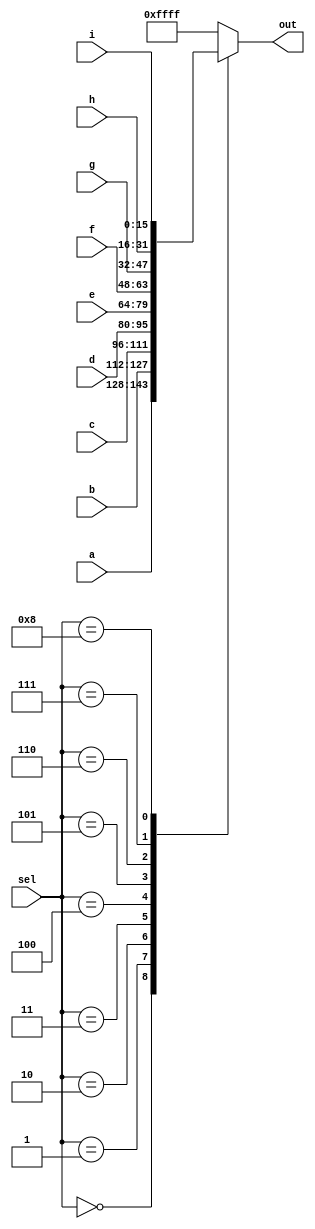
module top_module( 
    input [15:0] a, b, c, d, e, f, g, h, i,
    input [3:0] sel,
    output [15:0] out );

    always @(*) begin
        case (sel)
            4'b0000: out = a;
            4'b0001: out = b;
            4'b0010: out = c;
            4'b0011: out = d;
            4'b0100: out = e;
            4'b0101: out = f;
            4'b0110: out = g;
            4'b0111: out = h;
            4'b1000: out = i;
            default: out = {16{1'b1}};
        endcase
    end

    // Case statements can only be used inside procedural blocks (always block)
    // This is a combinational circuit, so use a combinational always @(*) block.
    always @(*) begin
        out = '1;       // '1 is a special literal syntax for a number with all bits set to 1.
                        // '0, 'x, and 'z are also valid.
                        // I prefer to assign a default value to 'out' instead of using a
                        // default case.
        case (sel)
            4'h0: out = a;
            4'h1: out = b;
            4'h2: out = c;
            4'h3: out = d;
            4'h4: out = e;
            4'h5: out = f;
            4'h6: out = g;
            4'h7: out = h;
            4'h8: out = i;
        endcase
    end
endmodule